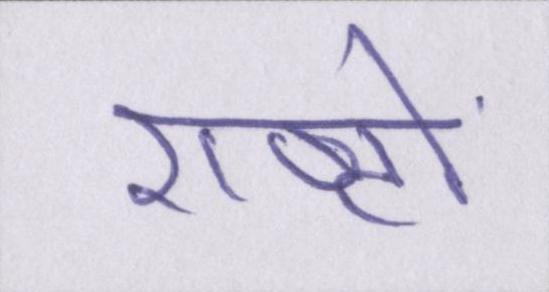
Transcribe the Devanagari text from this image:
राष्ट्रों